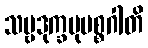
သဗ္ဗဒုက္ခမုပစ္စဂါတိ